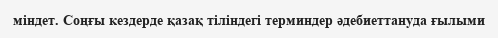
міндет. Соңғы кездерде қазақ тіліндегі терминдер әдебиеттануда ғылыми